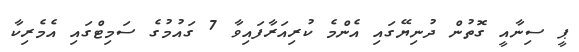
ޕީ ސިނާއީ ގޮތުން ދުނިޔޭގައި އެންމެ ކުރިއަރާފައިވާ 7 ގައުމުގެ ސަމިޓްގައި އެމެރިކާ